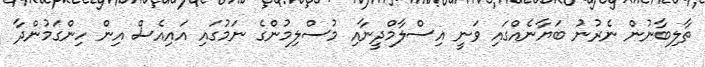
ތާލިބާނުން ނެރުނު ބަޔާނެއްގައި ވަނީ އިސްލާމްދީނާއި މުސްލިމުންގެ ނަމުގައި އައިއެސް އިން ހިންގަމުންދާ